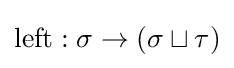
\mathrm {left} :\sigma \to (\sigma \sqcup \tau )